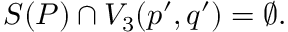
{ \cal S } ( P ) \cap V _ { 3 } ( p ^ { \prime } , q ^ { \prime } ) = \emptyset .